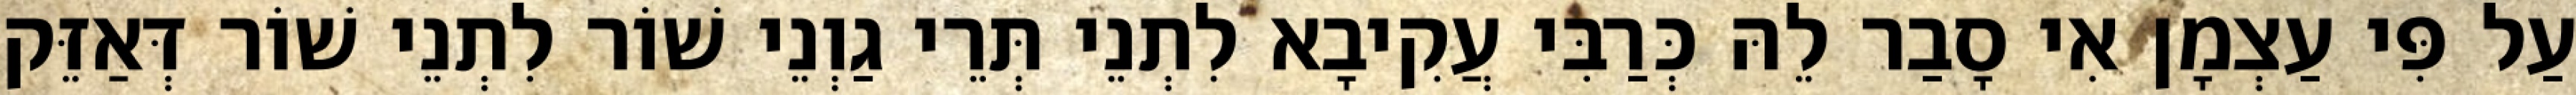
עַל פִּי עַצְמָן אִי סָבַר לֵהּ כְּרַבִּי עֲקִיבָא לִתְנֵי תְּרֵי גַוְנֵי שׁוֹר לִתְנֵי שׁוֹר דְּאַזֵּק